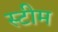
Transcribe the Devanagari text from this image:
स्‍टीम